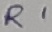
Text: R1